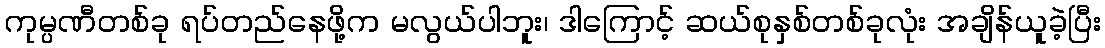
ကုမ္ပဏီတစ်ခု ရပ်တည်နေဖို့က မလွယ်ပါဘူး၊ ဒါကြောင့် ဆယ်စုနှစ်တစ်ခုလုံး အချိန်ယူခဲ့ပြီး